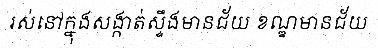
រស់នៅក្នុងសង្កាត់ស្ទឹងមានជ័យ ខណ្ឌមានជ័យ